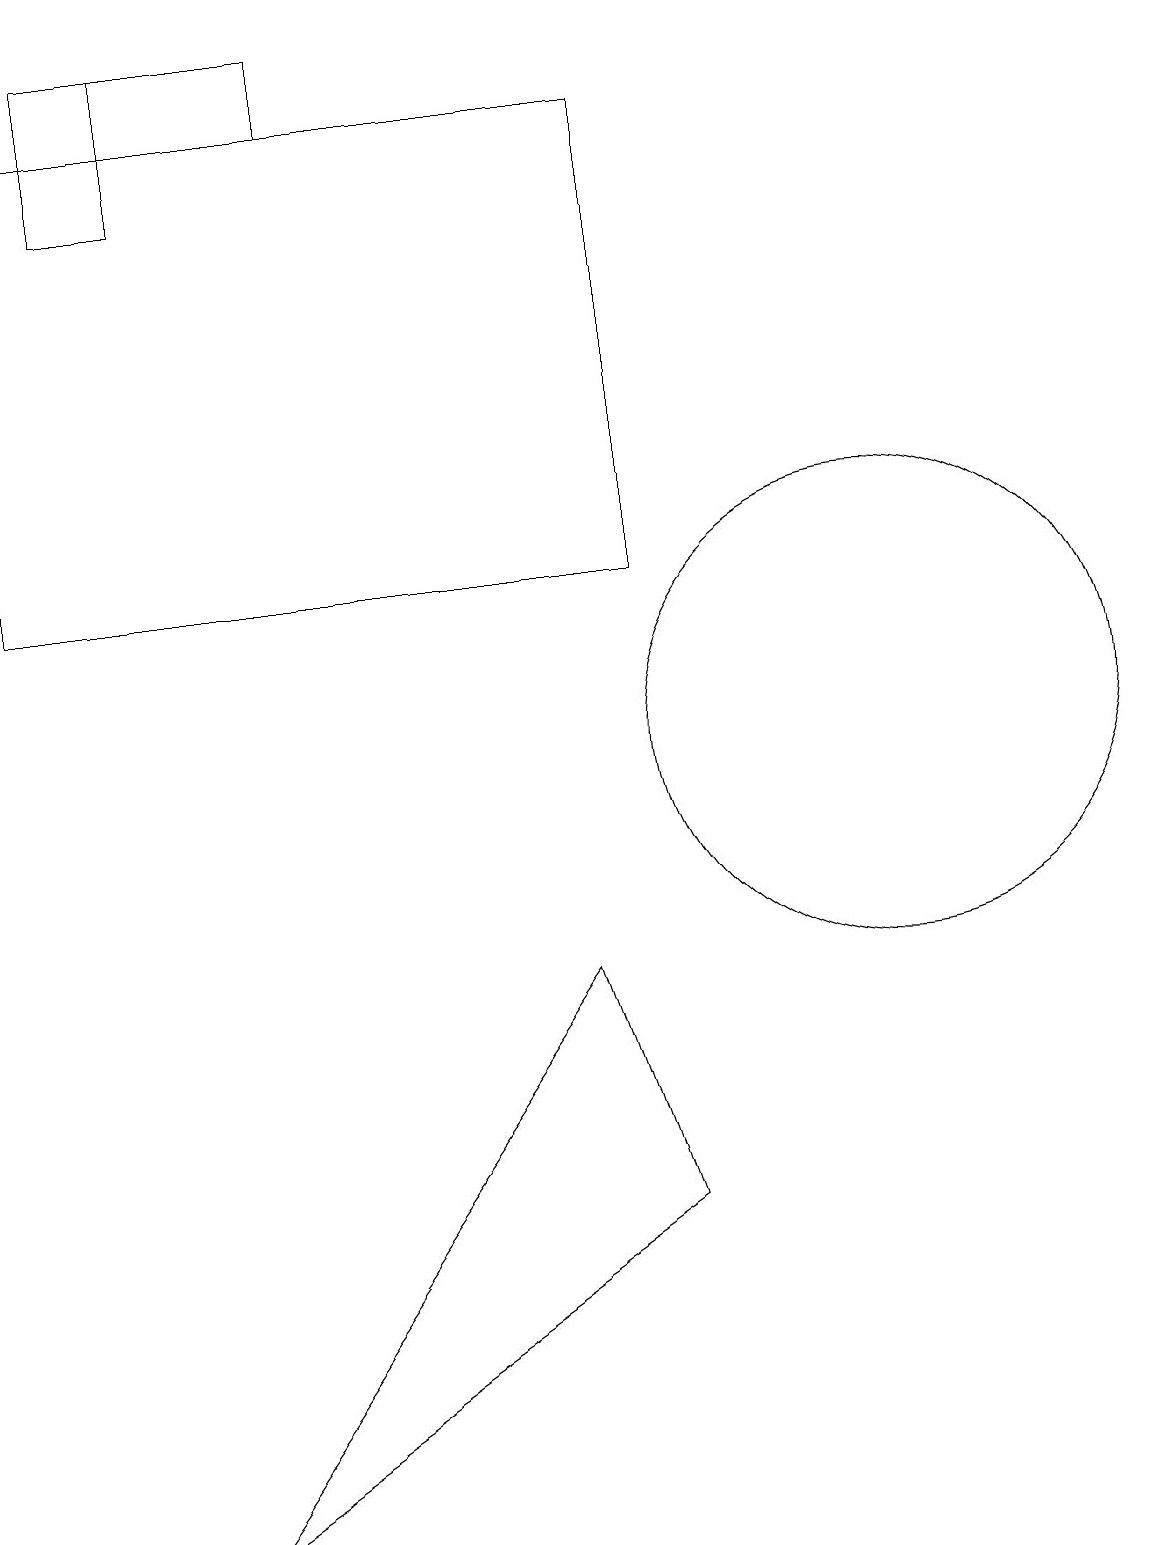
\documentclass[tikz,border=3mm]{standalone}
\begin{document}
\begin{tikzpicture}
\draw (11,10) circle (3);
\draw (4,18) rectangle (1,19);
\draw (8,12) rectangle (0,18);
\draw (2,0) -- (8,4) -- (7,7) -- cycle;
\draw (1,17) rectangle (2,19);
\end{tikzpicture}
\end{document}